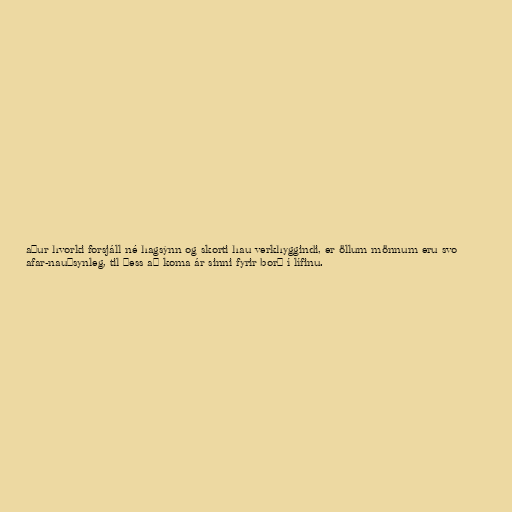
aður hvorki forsjáll né hagsýnn og skorti hau verkhyggindi, er öllum mönnum eru svo
afar-nauðsynleg, til þess að koma ár sinni fyrir borð í lífinu.